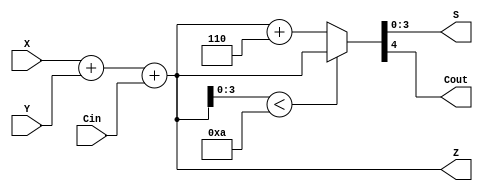
/* Pg 287 - BCD adder */

module bm_DL_BCD_adder (Cin, X, Y, S, Cout, Z);
	input Cin;
	input [3:0] X, Y;
	output [3:0] S;
	output Cout;
	reg [3:0] S;
	reg Cout;
	output [4:0] Z;
	reg [4:0] Z;
	
	always @(X or Y or Cin)
	begin
		Z = X + Y + Cin;
		if (Z[3:0] < 4'b1010)
			{Cout, S} = Z;
		else
			{Cout, S} = Z + 6;
	end
	
endmodule